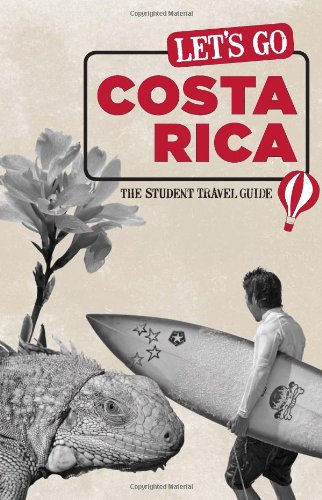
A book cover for Let's Go Costa Rica: The Student Travel Guide; Inc. Harvard Student Agencies; Travel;